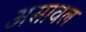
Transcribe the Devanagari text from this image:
असावल